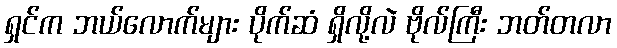
ရှင်က ဘယ်လောက်များ ပိုက်ဆံ ရှိလို့လဲ ဗိုလ်ကြီး ဘတ်တလာ